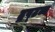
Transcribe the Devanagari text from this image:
द्रष्‍टव्य